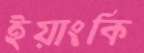
ইয়াংকি